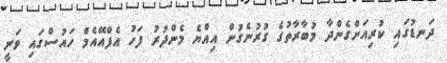
ދަނޑުގައި ކުރިއަށްގެންދާ މުބާރާތުގެ ގުރުނެގުން އިއްޔެ މެންދުރު ފަހު އެފްއޭއެމް ހައުސްގައި ވަނީ